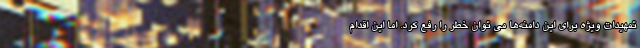
تمهیدات ویژه برای این دامنه‌ها می توان خطر را رفع کرد. اما این اقدام